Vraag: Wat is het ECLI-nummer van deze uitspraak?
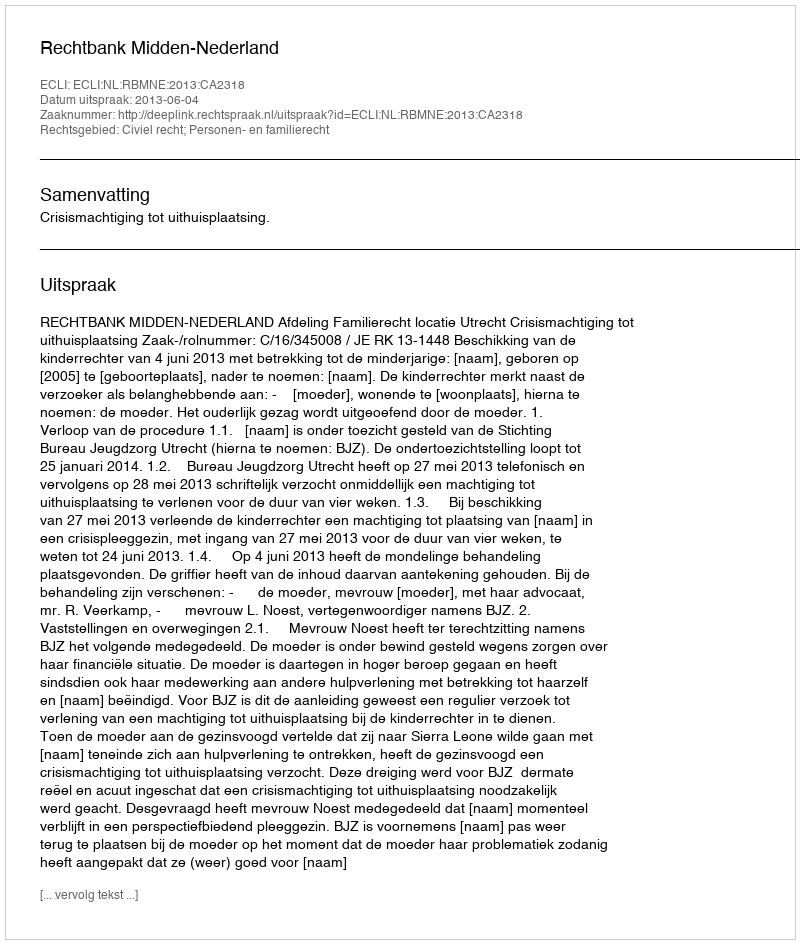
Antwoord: ECLI:NL:RBMNE:2013:CA2318